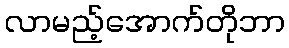
လာမည့်အောက်တိုဘာ